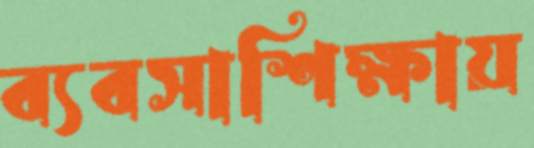
ব্যবসাশিক্ষায়